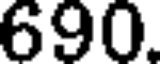
690.